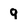
Character: q